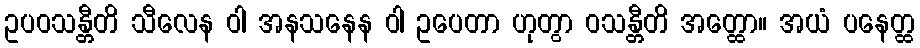
ဥပဝသန္တီတိ သီလေန ဝါ အနသနေန ဝါ ဥပေတာ ဟုတွာ ဝသန္တီတိ အတ္ထော။ အယံ ပနေတ္ထ